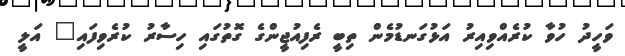
ވަހީދު ހުވާ ކުރެއްވިއިރު އަޅުގަނޑުމެން ތިބީ ރެފިއުޖީންގެ ގޮތުގައި ހިސާރު ކުރެވިފައި" އަލީ